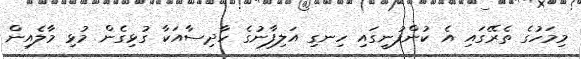
މިމަހުގެ ތެރޭގައި އެ ކުންފުނީގައި ހިނގި އަލިފާނުގެ ހާދިސާއަކާ ގުޅިގެން މުޅި މާލެއިން